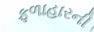
ફળાહારની